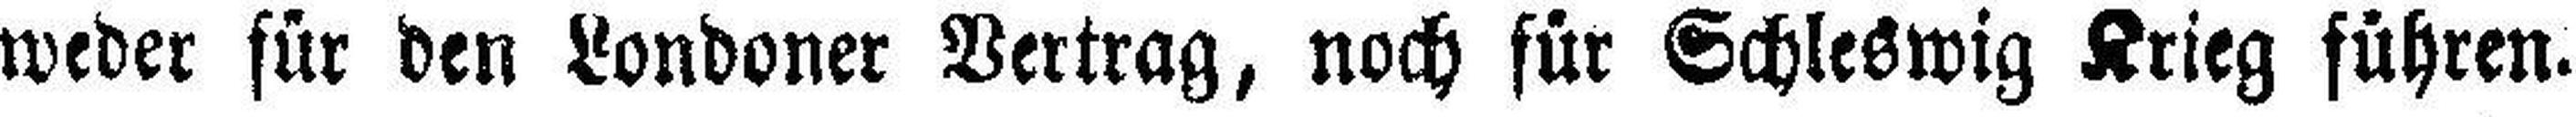
weder für den Londoner Vertrag, noch für Schleswig Krieg führen.